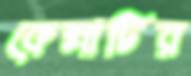
কেল্লাটির